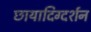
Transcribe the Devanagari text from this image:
छायादिग्दर्शन